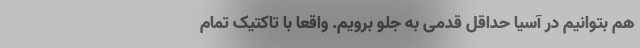
هم بتوانیم در آسیا حداقل قدمی به جلو برویم. واقعاً با تاکتیک تمام